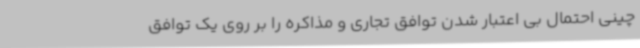
چینی احتمال بی اعتبار شدن توافق تجاری و مذاکره را بر روی یک توافق